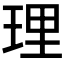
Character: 理